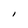
Character: l